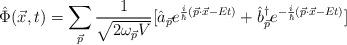
LaTeX: \begin{align*}\hat{\Phi}(\vec{x},t)=\sum\limits_{\vec{p}}\frac{1} {\sqrt{2\omega_{\vec{p}}V}}[\hat{a}_{\vec{p}}e^{\frac{i} {\hbar}(\vec{p}\cdot\vec{x}-Et)}+{\hat{b}}^{\dag}_{\vec{p}}e^{-\frac{i} {\hbar}(\vec{p}\cdot\vec{x}-Et)}]\end{align*}